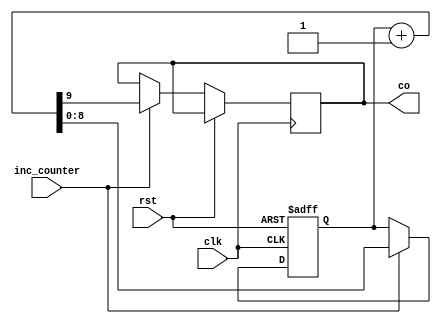
module counter(clk, rst, inc_counter, co);
	input inc_counter, clk, rst;
	output co;
	reg co = 1'b0;
	reg [8:0] pO = 9'b011010100;
	always@(posedge clk, posedge rst) begin
		if(rst)
			pO= 9'b011010100;
		else begin
			if(inc_counter)
				{co,pO} = pO + 1;
		end
	end
endmodule